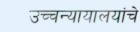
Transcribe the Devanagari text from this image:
उच्चन्यायालयांचे